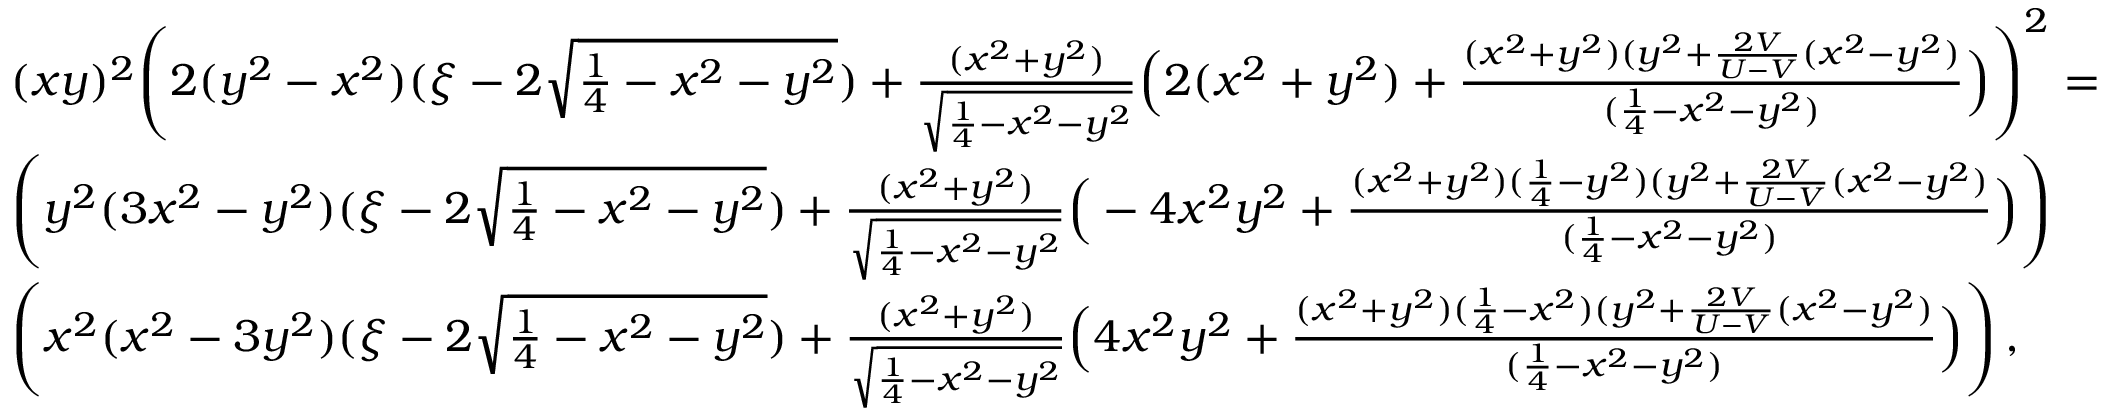
\begin{array} { r l } & { ( x y ) ^ { 2 } \Bigg ( 2 ( y ^ { 2 } - x ^ { 2 } ) ( \xi - 2 \sqrt { \frac { 1 } { 4 } - x ^ { 2 } - y ^ { 2 } } ) + \frac { ( x ^ { 2 } + y ^ { 2 } ) } { \sqrt { \frac { 1 } { 4 } - x ^ { 2 } - y ^ { 2 } } } \Big ( 2 ( x ^ { 2 } + y ^ { 2 } ) + \frac { ( x ^ { 2 } + y ^ { 2 } ) ( y ^ { 2 } + \frac { 2 V } { U - V } ( x ^ { 2 } - y ^ { 2 } ) } { ( \frac { 1 } { 4 } - x ^ { 2 } - y ^ { 2 } ) } \Big ) \Bigg ) ^ { 2 } = } \\ & { \Bigg ( y ^ { 2 } ( 3 x ^ { 2 } - y ^ { 2 } ) ( \xi - 2 \sqrt { \frac { 1 } { 4 } - x ^ { 2 } - y ^ { 2 } } ) + \frac { ( x ^ { 2 } + y ^ { 2 } ) } { \sqrt { \frac { 1 } { 4 } - x ^ { 2 } - y ^ { 2 } } } \Big ( - 4 x ^ { 2 } y ^ { 2 } + \frac { ( x ^ { 2 } + y ^ { 2 } ) ( \frac { 1 } { 4 } - y ^ { 2 } ) ( y ^ { 2 } + \frac { 2 V } { U - V } ( x ^ { 2 } - y ^ { 2 } ) } { ( \frac { 1 } { 4 } - x ^ { 2 } - y ^ { 2 } ) } \Big ) \Bigg ) } \\ & { \Bigg ( x ^ { 2 } ( x ^ { 2 } - 3 y ^ { 2 } ) ( \xi - 2 \sqrt { \frac { 1 } { 4 } - x ^ { 2 } - y ^ { 2 } } ) + \frac { ( x ^ { 2 } + y ^ { 2 } ) } { \sqrt { \frac { 1 } { 4 } - x ^ { 2 } - y ^ { 2 } } } \Big ( 4 x ^ { 2 } y ^ { 2 } + \frac { ( x ^ { 2 } + y ^ { 2 } ) ( \frac { 1 } { 4 } - x ^ { 2 } ) ( y ^ { 2 } + \frac { 2 V } { U - V } ( x ^ { 2 } - y ^ { 2 } ) } { ( \frac { 1 } { 4 } - x ^ { 2 } - y ^ { 2 } ) } \Big ) \Bigg ) \, , } \end{array}